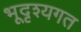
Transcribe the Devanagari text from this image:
भूदृश्यगत